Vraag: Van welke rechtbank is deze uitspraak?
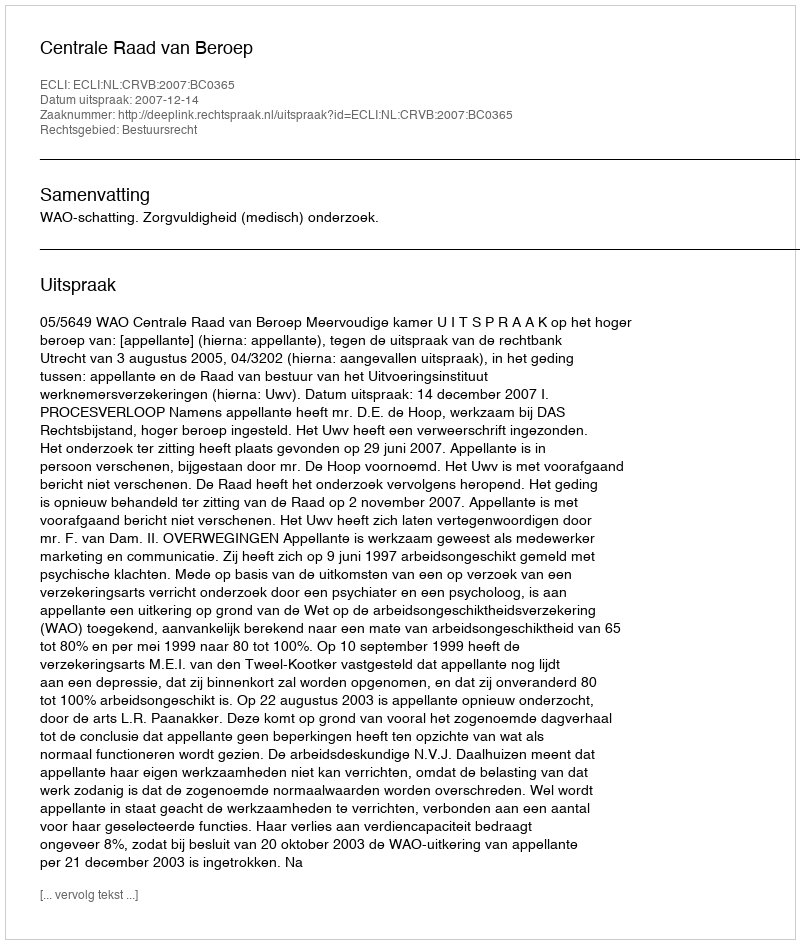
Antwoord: Centrale Raad van Beroep